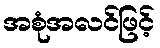
အစုံအလင်ဖြင့်